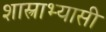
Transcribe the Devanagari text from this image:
शास्त्राभ्यासी